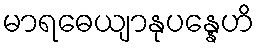
မာရဓေယျာနုပန္နေဟိ